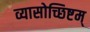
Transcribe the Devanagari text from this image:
व्यासोच्छिष्टम्